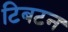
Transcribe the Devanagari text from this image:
टिबटन